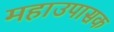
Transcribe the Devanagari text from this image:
महाउपासक